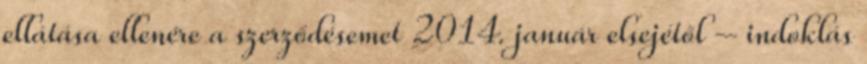
ellátása ellenére a szerződésemet 2014. január elsejétől – indoklás